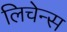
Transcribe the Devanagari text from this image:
लिचेन्स